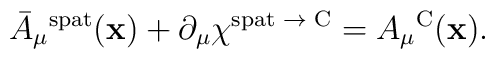
\bar{A}_\mu{}^{\mbox{\rm\scriptsize spat}}({\bf x}) +\partial_\mu\chi^{\mbox{\rm\scriptsize spat $\rightarrow$ C}} =A_\mu{}^{\mbox{\rm\scriptsize C}}({\bf x}).